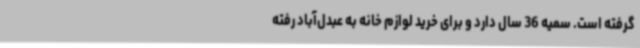
گرفته است. سمیه 36 سال دارد و برای خرید لوازم خانه به عبدل‌آباد رفته